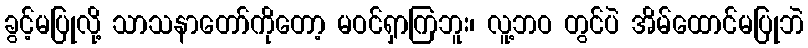
ခွင့်မပြုလို့ သာသနာတော်ကိုတော့ မဝင်ရှာကြဘူး၊ လူ့ဘဝ တွင်ပဲ အိမ်ထောင်မပြုဘဲ